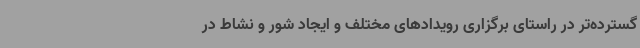
گسترده‌تر در راستای برگزاری رویدادهای مختلف و ایجاد شور و نشاط در